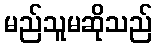
မည်သူမဆိုသည်